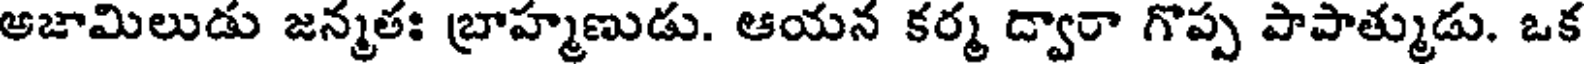
అజామిలుడు జన్మతః బ్రాహ్మణుడు. ఆయన కర్మ ద్వారా గొప్ప పాపాత్ముడు. ఒక